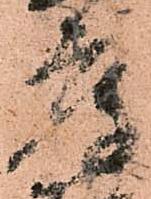
庫